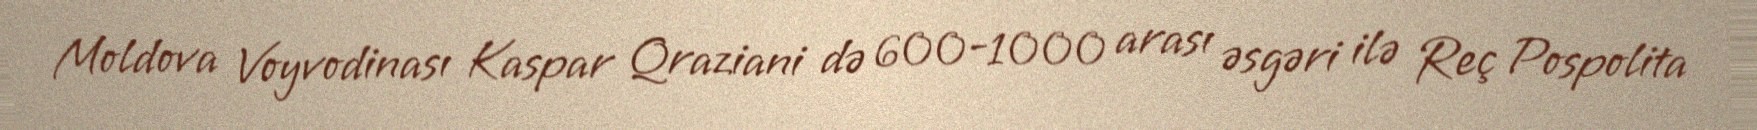
Moldova Voyvodinası Kaspar Qraziani də 600-1000 arası əsgəri ilə Reç Pospolita